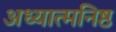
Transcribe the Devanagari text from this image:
अध्यात्मनिष्ठ